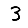
Digit: 3